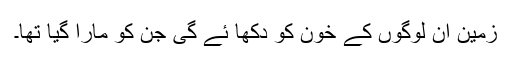
زمین ان لوگوں کے خون کو دکھا ئے گی جن کو مارا گیا تھا۔